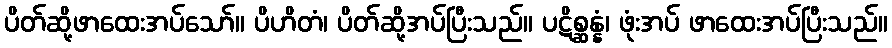
ပိတ်ဆို့ဖာထေးအပ်သော်။ ပိဟိတံ၊ ပိတ်ဆို့အပ်ပြီးသည်။ ပဋိစ္ဆန္နံ၊ ဖုံးအပ် ဖာထေးအပ်ပြီးသည်။